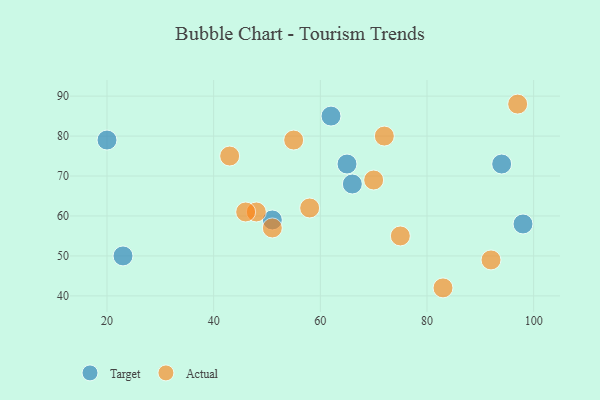
{"axis": {"x": "GDP", "y": "Life Expectancy"}, "legend": ["Actual", "Target"], "data": [{"x": "51", "y": 59, "type": "Target"}, {"x": "20", "y": 79, "type": "Target"}, {"x": "62", "y": 85, "type": "Target"}, {"x": "66", "y": 68, "type": "Target"}, {"x": "98", "y": 58, "type": "Target"}, {"x": "65", "y": 73, "type": "Target"}, {"x": "94", "y": 73, "type": "Target"}, {"x": "23", "y": 50, "type": "Target"}, {"x": "70", "y": 69, "type": "Actual"}, {"x": "55", "y": 79, "type": "Actual"}, {"x": "43", "y": 75, "type": "Actual"}, {"x": "75", "y": 55, "type": "Actual"}, {"x": "58", "y": 62, "type": "Actual"}, {"x": "83", "y": 42, "type": "Actual"}, {"x": "48", "y": 61, "type": "Actual"}, {"x": "92", "y": 49, "type": "Actual"}, {"x": "46", "y": 61, "type": "Actual"}, {"x": "51", "y": 57, "type": "Actual"}, {"x": "72", "y": 80, "type": "Actual"}, {"x": "97", "y": 88, "type": "Actual"}]}